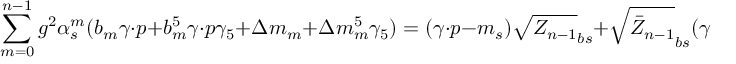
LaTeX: \sum _ { m = 0 } ^ { n - 1 } g ^ { 2 } \alpha _ { s } ^ { m } ( b _ { m } \gamma \cdot p + b _ { m } ^ { 5 } \gamma \cdot p \gamma _ { 5 } + \Delta m _ { m } + \Delta m _ { m } ^ { 5 } \gamma _ { 5 } ) = ( \gamma \cdot p - m _ { s } ) \sqrt { Z _ { n - 1 } } _ { b s } + \sqrt { \bar { Z } _ { n - 1 } } _ { b s } ( \gamma \cdot p - m _ { b } ) ;